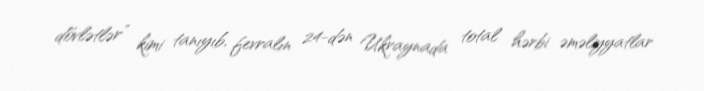
dövlətlər” kimi tanıyıb, fevralın 24-dən Ukraynada total hərbi əməliyyatlar